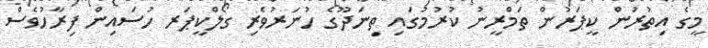
މީގެ އިތުރުން ކީޕަރުން ތަމްރީނު ކުރުމުގައި ތިނަދޫގެ ހުނަރުވެރި ގޯލްކީޕަރ ހުސައިން ފިރާހުވެސް